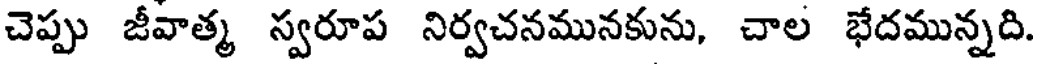
చెప్పు జీవాత్మ స్వరూప నిర్వచనమునకును, చాల భేదమున్నది.